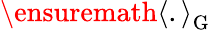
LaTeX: \ensuremath{\left\langle.\right\rangle}_{\mathrm{G}}